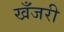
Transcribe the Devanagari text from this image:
खँजरी